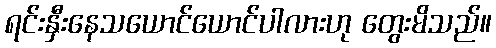
ရင်းနှီးနေသယောင်ယောင်ပါလားဟု တွေးမိသည်။